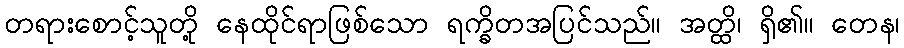
တရားစောင့်သူတို့ နေထိုင်ရာဖြစ်သော ရက္ခိတအပြင်သည်။ အတ္ထိ၊ ရှိ၏။ တေန၊